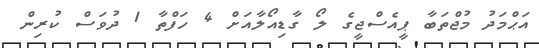
އަޙްމަދު މުޖްތަބާ ޕީއެސްޖީގެ ލޯ ގާޑިއޯލާއަށް 4 ހަފްތާ 1 ދުވަސް ކުރިން